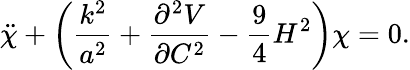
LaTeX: \ddot{\chi}+\left(\frac{k^{2}}{a^{2}}+\frac{\partial^{2}V}{\partial C^{2}}-\frac{9}{4}H^{2}\right)\chi=0.